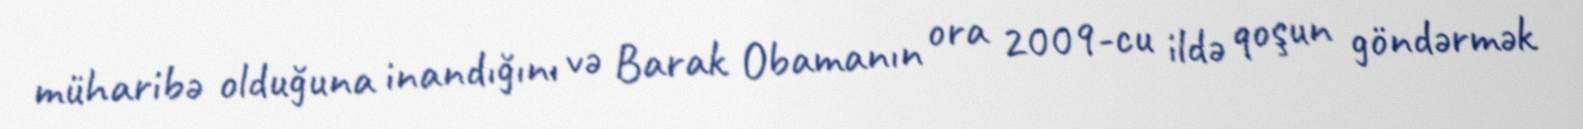
müharibə olduğuna inandığını və Barak Obamanın ora 2009-cu ildə qoşun göndərmək